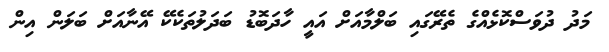
މަދު ދުވަސްކޮޅެއްގެ ތެރޭގައި ބަލްމާއަށް އައީ ހާދަބޮޑު ބަދަލުތަކެކޭ އޭނާއަށް ބަލަން އިން